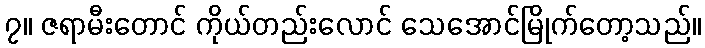
၇။ ဇရာမီးတောင် ကိုယ်တည်းလောင် သေအောင်မြိုက်တော့သည်။